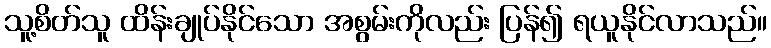
သူ့စိတ်သူ ထိန်းချုပ်နိုင်သော အစွမ်းကိုလည်း ပြန်၍ ရယူနိုင်လာသည်။